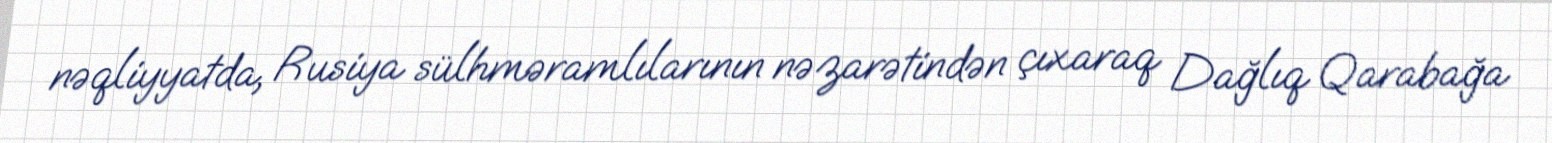
nəqliyyatda, Rusiya sülhməramlılarının nəzarətindən çıxaraq Dağlıq Qarabağa